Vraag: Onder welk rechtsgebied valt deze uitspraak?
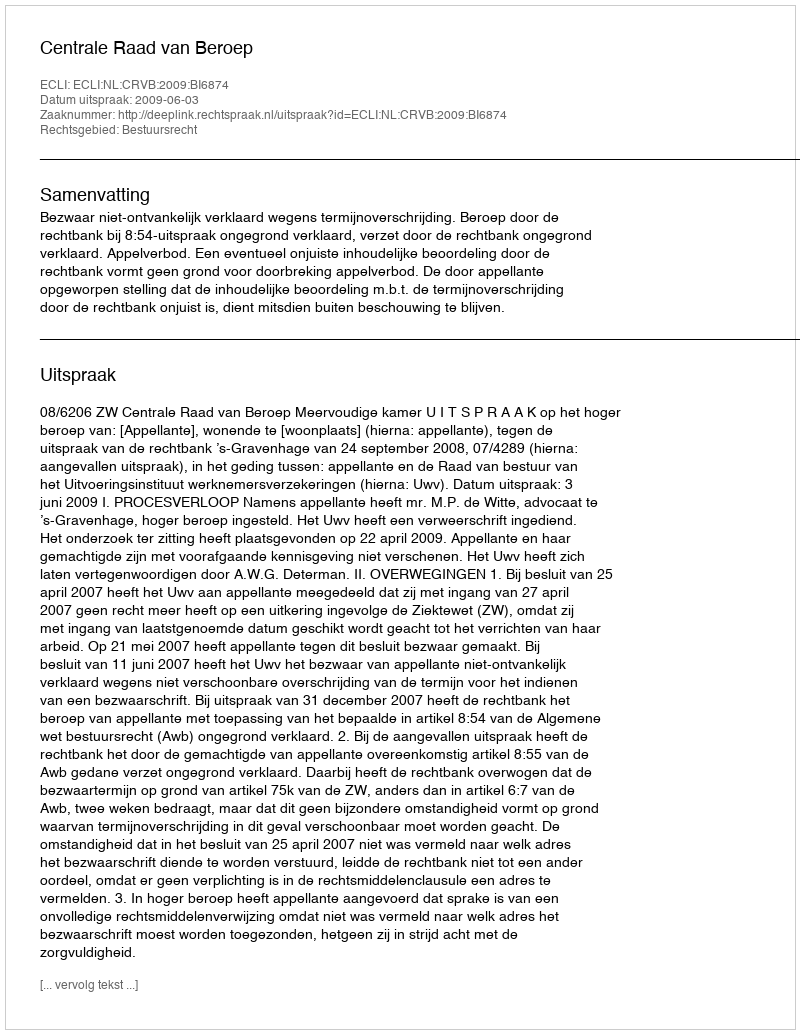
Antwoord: Bestuursrecht